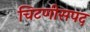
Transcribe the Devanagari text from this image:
चिटणीसपद